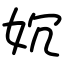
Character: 㚮